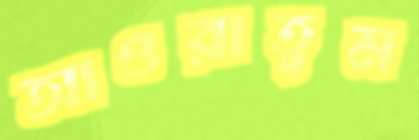
আওরাতুম